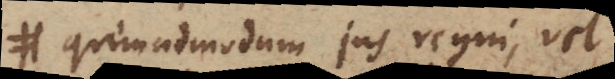
quemadmodum jus regni, vel